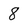
Character: 8